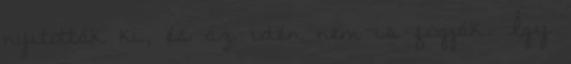
nyitották ki, és az idén nem is fogják. Így